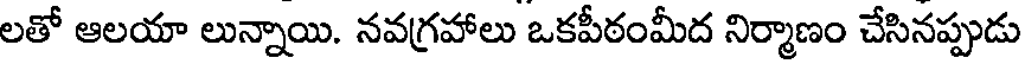
లతో ఆలయా లున్నాయి. నవగ్రహాలు ఒకపీఠంమీద నిర్మాణం చేసినప్పుడు